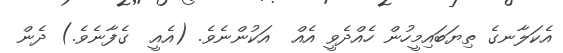
އެކަލާނގެ ތިޔަބައިމީހުން ހެއްދެވީ އެއް  އަކުންނެވެ. (އެއީ  ގެފާނެވެ.) ދެން